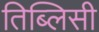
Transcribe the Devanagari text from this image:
तिब्लिसी